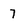
Character: 7